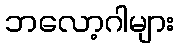
ဘလော့ဂါများ